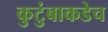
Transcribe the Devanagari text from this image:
कुटुंबाकडेच